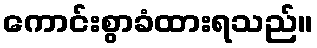
ကောင်းစွာခံထားရသည်။